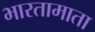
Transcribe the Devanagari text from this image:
भारतामाता